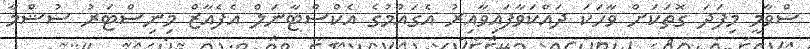
ސްވާމީ މިފަދަ ގޮތަކަށް ވާހަކަ ދައްކަވާފައިވާއިރު އެގައުމުގެ އެކްސްޓާނަލް އެފެއާޒް މިނިސްޓަރު ސުޝްމާ